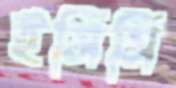
ইসিসি